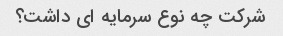
شرکت چه نوع سرمایه ای داشت؟